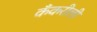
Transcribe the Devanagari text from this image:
कँकरीली